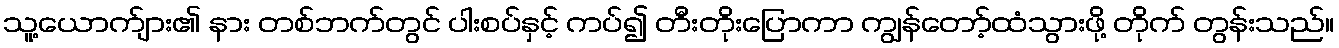
သူ့ယောက်ျား၏ နား တစ်ဘက်တွင် ပါးစပ်နှင့် ကပ်၍ တီးတိုးပြောကာ ကျွန်တော့်ထံသွားဖို့ တိုက် တွန်းသည်။